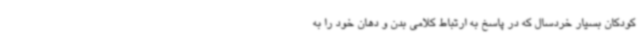
کودکان بسیار خردسال که در پاسخ به ارتباط کلامی بدن و دهان خود را به